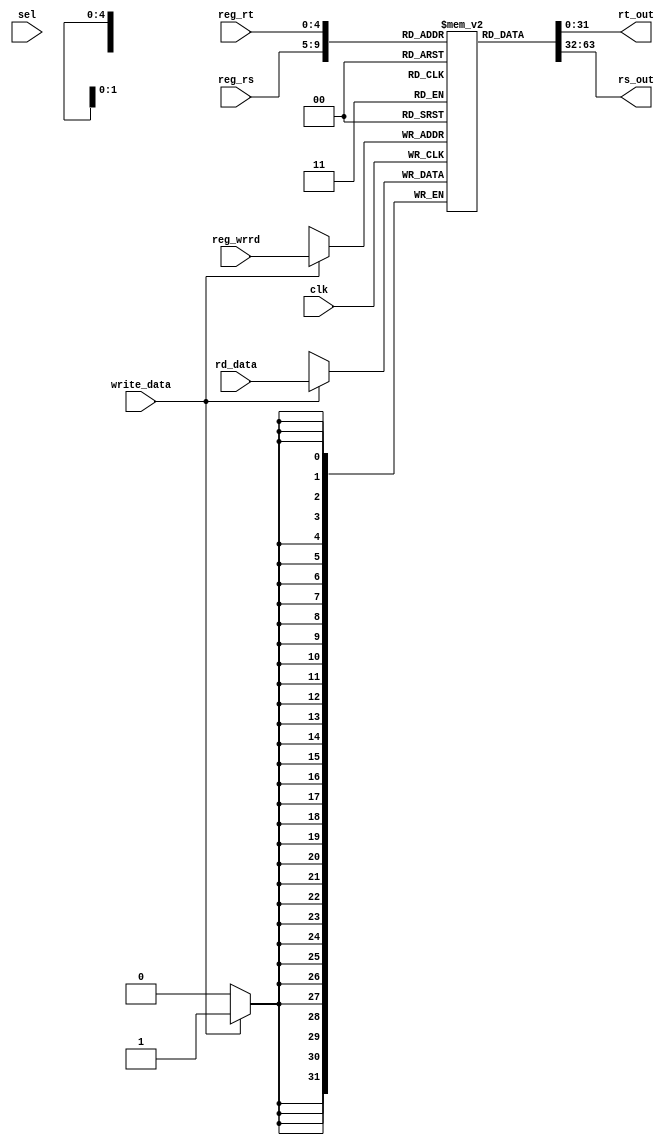
`timescale 1ns / 1ps
//////////////////////////////////////////////////////////////////////////////////
// Company: 
// Engineer: 
// 
// Design Name: 
// Module Name: register1
// Project Name: 
// Target Devices: 
// Tool Versions: 
// Description: 
// 
// Dependencies: 
// 
// Revision:
// Revision 0.01 - File Created
// Additional Comments:
// 
//////////////////////////////////////////////////////////////////////////////////


module register1(reg_rt,reg_rs,reg_wrrd,rt_out,rs_out,rd_data,clk,write_data,sel);
input[4:0] reg_rt,reg_rs,reg_wrrd,sel;
input[31:0]rd_data;
input clk,write_data;
output [31:0]rs_out;
output[31:0]rt_out;
wire[31:0]rt_out2;
assign rt_out2=rt_out;
reg[31:0]Regfile[31:0];
integer i;
initial
begin

for(i=0;i<32;i=i+1)
Regfile[i]=i;
end
assign rs_out=Regfile[reg_rs];//Reading
assign rt_out=Regfile[reg_rt];
always@(posedge clk)
begin
if(write_data==1)
Regfile[reg_wrrd]=rd_data;//Writing in the registers
end 
endmodule